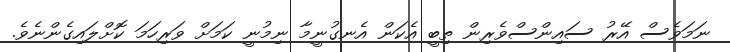
ނަމަވެސް އޭރު ސައިންސްވެރިން ތިބީ އެކަން އެނގުނީމާ ނިމުނީ ކަމަށް ވަރިހަމަ ކޮށްލައިގެންނެވެ.